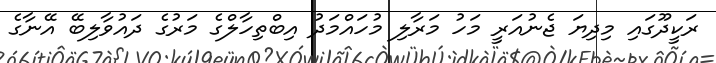
ރަކީދޫގައި މިދިޔަ ޖެނުއަރީ މަހު މަރާލި މުހައްމަދު އިބްތިހާލްގެ މަރުގެ ދައުވާލިބޭ އޭނާގެ